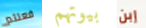
فعلتم بيوتهم إبن